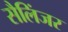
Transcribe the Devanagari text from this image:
सैलिंजर